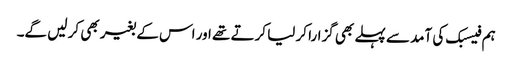
ہم فیسبک کی آمد سے پہلے بھی گزارا کر لیا کرتے تھے اور اس کے بغیر بھی کر لیں گے۔